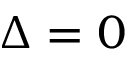
\Delta = 0